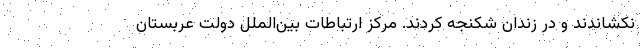
نکشاندند و در زندان شکنجه کردند. مرکز ارتباطات بین‌الملل دولت عربستان